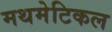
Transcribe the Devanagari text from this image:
मथमेटिकल